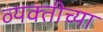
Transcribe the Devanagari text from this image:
व्‍यक्‍तीच्‍या